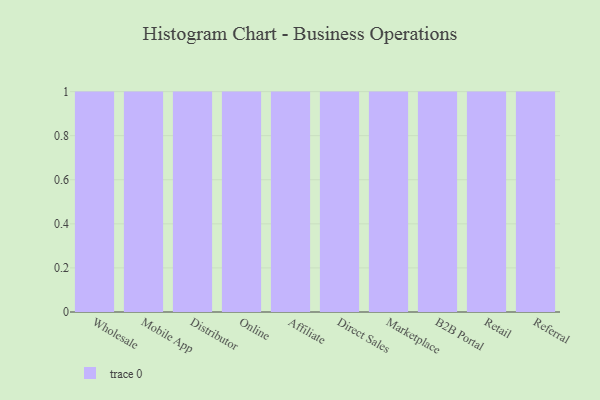
{"axis": {"x": "Channel", "y": "Population (Million)"}, "legend": [""], "data": [{"x": "Wholesale", "y": 66, "type": ""}, {"x": "Mobile App", "y": 52, "type": ""}, {"x": "Distributor", "y": 59, "type": ""}, {"x": "Online", "y": 23, "type": ""}, {"x": "Affiliate", "y": 33, "type": ""}, {"x": "Direct Sales", "y": 96, "type": ""}, {"x": "Marketplace", "y": 96, "type": ""}, {"x": "B2B Portal", "y": 46, "type": ""}, {"x": "Retail", "y": 63, "type": ""}, {"x": "Referral", "y": 74, "type": ""}]}